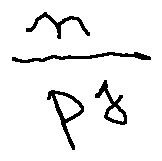
\frac { n } { p ^ { j } }